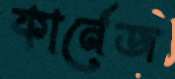
কার্নেজ